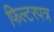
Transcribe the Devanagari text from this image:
फिल्टरपत्र